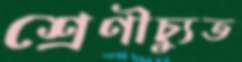
শ্রেণীচ্যুত